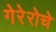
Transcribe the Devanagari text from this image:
गेरेरोचे